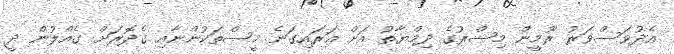
އެދުވަސްވަރު ރޫމީން މިޞްރުގެ ދިމްޔާތު އަށް އަރައިގަނެ މީސްތަކުންނާއި ގެދޮރަށް ގެއްލުން ދީ